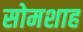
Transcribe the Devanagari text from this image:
सोमशाह